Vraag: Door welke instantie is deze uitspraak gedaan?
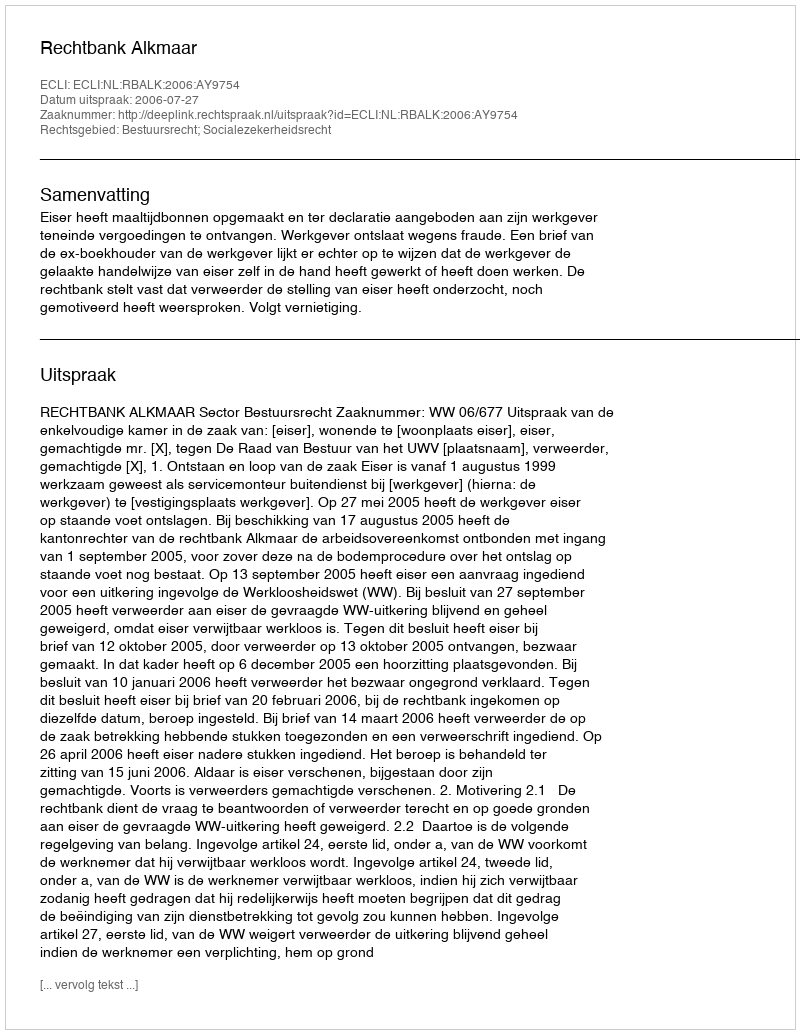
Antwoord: Rechtbank Alkmaar